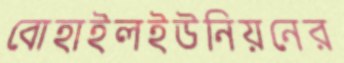
বোহাইলইউনিয়নের